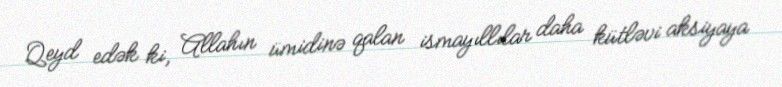
Qeyd edək ki, Allahın ümidinə qalan ismayıllılar daha kütləvi aksiyaya